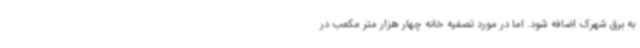
به برق شهرک اضافه شود. اما در مورد تصفیه خانه چهار هزار متر مکعب در